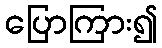
ပြောကြား၍